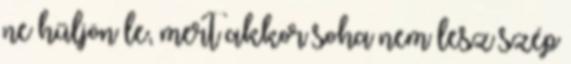
ne hűljön le, mert akkor soha nem lesz szép